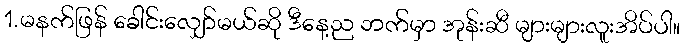
1.မနက်ဖြန် ခေါင်းလျှော်မယ်ဆို ဒီနေ့ည ဘက်မှာ အုန်းဆီ များများလူးအိပ်ပါ။